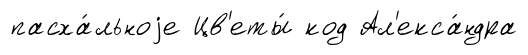
пасха́льноjе Цв'еты́ код Ал'екса́ндра